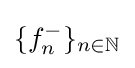
\{f_{n}^{-}\}_{n\in \mathbb {N} }